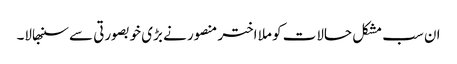
ان سب مشکل حالات کو ملا اختر منصور نے بڑی خوبصورتی سے سنبھالا۔